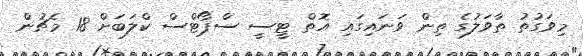
މިވަގުތު ތާވަލުގެ ތިން ވަނައިގައި އޮތް ޓީސީ ސްޕޯޓްސް ކްލަބަށް 18 މެޗުން